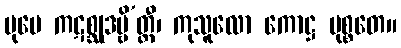
ပုမေ ကဋစ္ဆုဒဗ္ဗိ’တ္ထီ၊ ကုသူလော ကောဋ္ဌ မုစ္စတေ။